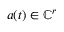
\b { a } ( t ) \in \mathbb { C } ^ { r }